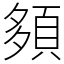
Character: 䫂